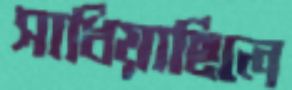
সাধিয়াছিলে